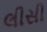
લીસી